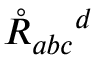
\mathring { R } _ { a b c } { } ^ { d }